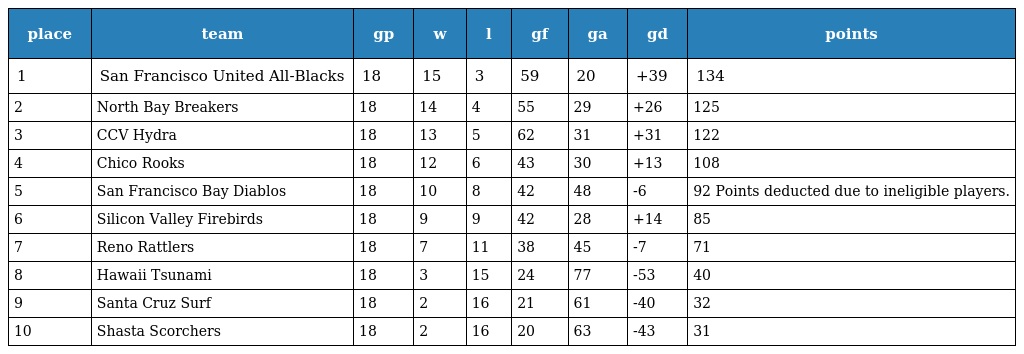
| place | team | gp | w | l | gf | ga | gd | points |
 | --- | --- | --- | --- | --- | --- | --- | --- | --- |
 | 1 | San Francisco United All-Blacks | 18 | 15 | 3 | 59 | 20 | +39 | 134 |
 | 2 | North Bay Breakers | 18 | 14 | 4 | 55 | 29 | +26 | 125 |
 | 3 | CCV Hydra | 18 | 13 | 5 | 62 | 31 | +31 | 122 |
 | 4 | Chico Rooks | 18 | 12 | 6 | 43 | 30 | +13 | 108 |
 | 5 | San Francisco Bay Diablos | 18 | 10 | 8 | 42 | 48 | -6 | 92 Points deducted due to ineligible players. |
 | 6 | Silicon Valley Firebirds | 18 | 9 | 9 | 42 | 28 | +14 | 85 |
 | 7 | Reno Rattlers | 18 | 7 | 11 | 38 | 45 | -7 | 71 |
 | 8 | Hawaii Tsunami | 18 | 3 | 15 | 24 | 77 | -53 | 40 |
 | 9 | Santa Cruz Surf | 18 | 2 | 16 | 21 | 61 | -40 | 32 |
 | 10 | Shasta Scorchers | 18 | 2 | 16 | 20 | 63 | -43 | 31 |